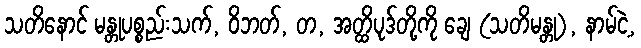
သတိနောင် မန္တုပစ္စည်းသက်, ဝိဘတ်, တ, အတ္ထိပုဒ်တို့ကို ချေ (သတိမန္တု), နာမ်ငဲ့,